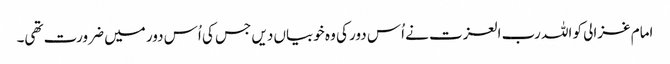
امام غزالی کو اللہ رب العزت نے اُس دور کی وہ خوبیاں دیں جس کی اُس دور میں ضرورت تھی۔